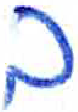
אות: ב